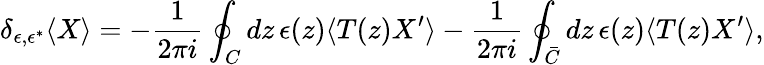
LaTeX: \delta_{\epsilon,\epsilon^{*}}\langle X\rangle=-\frac{1}{2\pi i}\oint_{C}dz\, \epsilon(z)\langle T(z)X^{\prime}\rangle-\frac{1}{2\pi i}\oint_{\bar{C}}dz\, \epsilon(z)\langle T(z)X^{\prime}\rangle,